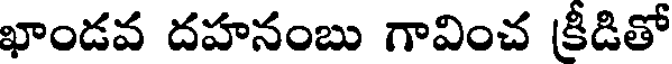
ఖాండవ దహనంబు గావించ క్రీడితో